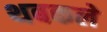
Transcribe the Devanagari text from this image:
थबकले